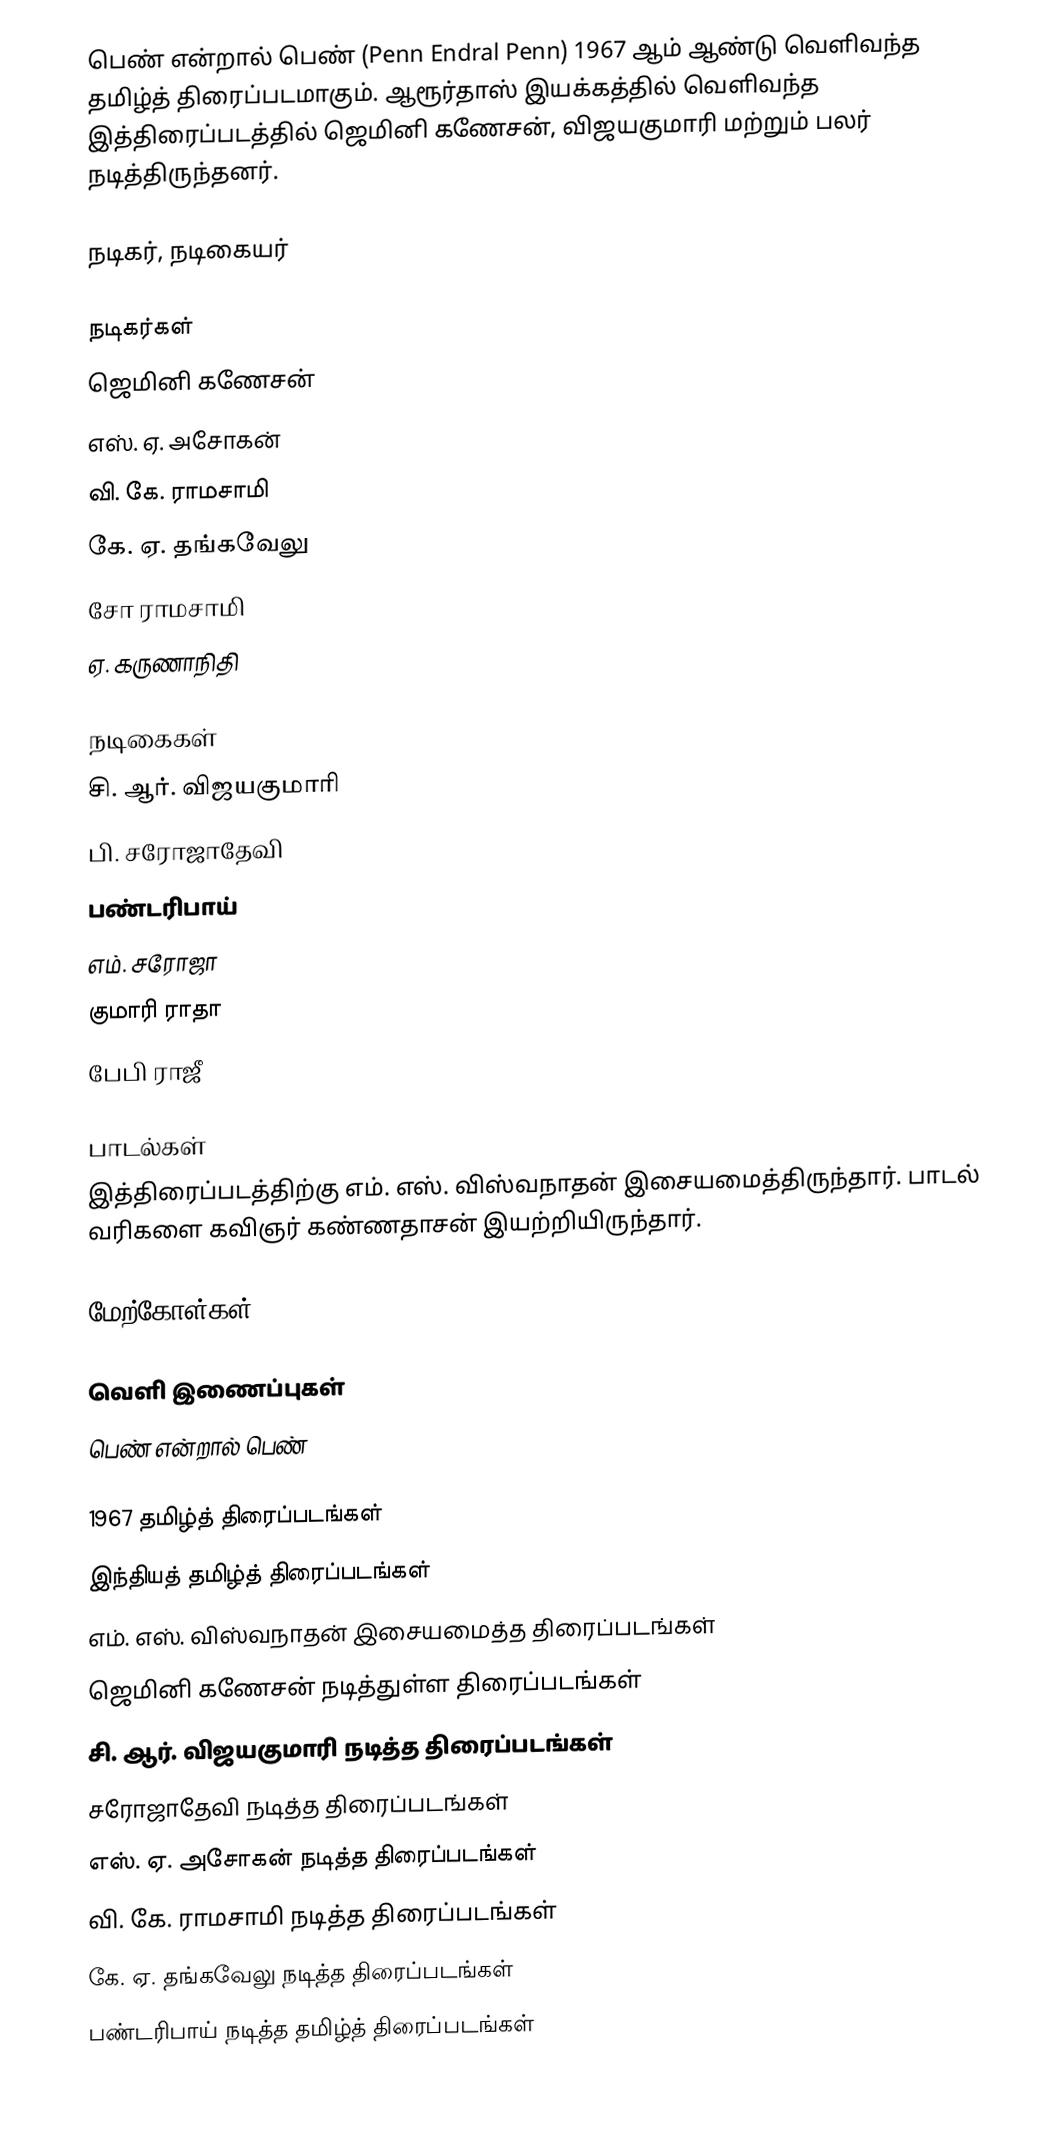
பெண் என்றால் பெண் (Penn Endral Penn) 1967 ஆம் ஆண்டு வெளிவந்த தமிழ்த் திரைப்படமாகும். ஆரூர்தாஸ் இயக்கத்தில் வெளிவந்த இத்திரைப்படத்தில் ஜெமினி கணேசன், விஜயகுமாரி மற்றும் பலர் நடித்திருந்தனர்.

நடிகர், நடிகையர்

நடிகர்கள்
 ஜெமினி கணேசன்
 எஸ். ஏ. அசோகன்
 வி. கே. ராமசாமி
 கே. ஏ. தங்கவேலு
 சோ ராமசாமி
 ஏ. கருணாநிதி

நடிகைகள்
 சி. ஆர். விஜயகுமாரி
 பி. சரோஜாதேவி
 பண்டரிபாய்
 எம். சரோஜா
 குமாரி ராதா
 பேபி ராஜீ

பாடல்கள்
இத்திரைப்படத்திற்கு எம். எஸ். விஸ்வநாதன் இசையமைத்திருந்தார். பாடல் வரிகளை கவிஞர் கண்ணதாசன் இயற்றியிருந்தார்.

மேற்கோள்கள்

வெளி இணைப்புகள்
 பெண் என்றால் பெண்

1967 தமிழ்த் திரைப்படங்கள்
இந்தியத் தமிழ்த் திரைப்படங்கள்
எம். எஸ். விஸ்வநாதன் இசையமைத்த திரைப்படங்கள்
ஜெமினி கணேசன் நடித்துள்ள திரைப்படங்கள்
சி. ஆர். விஜயகுமாரி நடித்த திரைப்படங்கள்
சரோஜாதேவி நடித்த திரைப்படங்கள்
எஸ். ஏ. அசோகன் நடித்த திரைப்படங்கள்
வி. கே. ராமசாமி நடித்த திரைப்படங்கள்
கே. ஏ. தங்கவேலு நடித்த திரைப்படங்கள்
பண்டரிபாய் நடித்த தமிழ்த் திரைப்படங்கள்